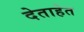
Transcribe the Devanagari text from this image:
देताहेत